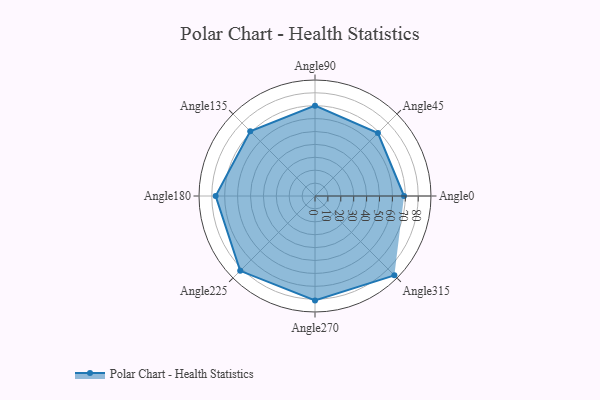
{"axis": {"x": "Angle", "y": "Radius"}, "legend": [""], "data": [{"x": "Angle0", "y": 69.0, "type": ""}, {"x": "Angle45", "y": 69.0, "type": ""}, {"x": "Angle90", "y": 70.0, "type": ""}, {"x": "Angle135", "y": 71.0, "type": ""}, {"x": "Angle180", "y": 77.0, "type": ""}, {"x": "Angle225", "y": 82.0, "type": ""}, {"x": "Angle270", "y": 81.0, "type": ""}, {"x": "Angle315", "y": 87.0, "type": ""}]}